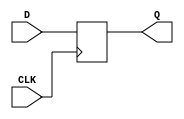
`timescale 1ns / 1ps
//////////////////////////////////////////////////////////////////////////////////
// Company: 
// 
// Design Name: 
// Module Name:    register 
// Project Name:  Floating Point Unit 
// Target Devices: 
// Tool versions: 
// Description: this a generic register to be used in different places 
//              in the FPU.
//
// Additional Comments: 
//
//////////////////////////////////////////////////////////////////////////////////
module register( D , Q , CLK
    );
	 
	 parameter DataSize = 1 ; // to specify the data size
	 
	 input [ DataSize - 1 : 0 ] D ; // input Data
	 input CLK ; // CLK to the register
	 
	 output [ DataSize - 1 : 0 ] Q ; // the output data 
	 reg [ DataSize - 1 : 0 ] Q ;
	 
	 always @( posedge CLK ) 
		begin : FlipFlop
			Q <= D ;
		end
		
endmodule